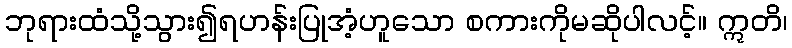
ဘုရားထံသို့သွား၍ရဟန်းပြုအံ့ဟူသော စကားကိုမဆိုပါလင့်။ ဣတိ၊